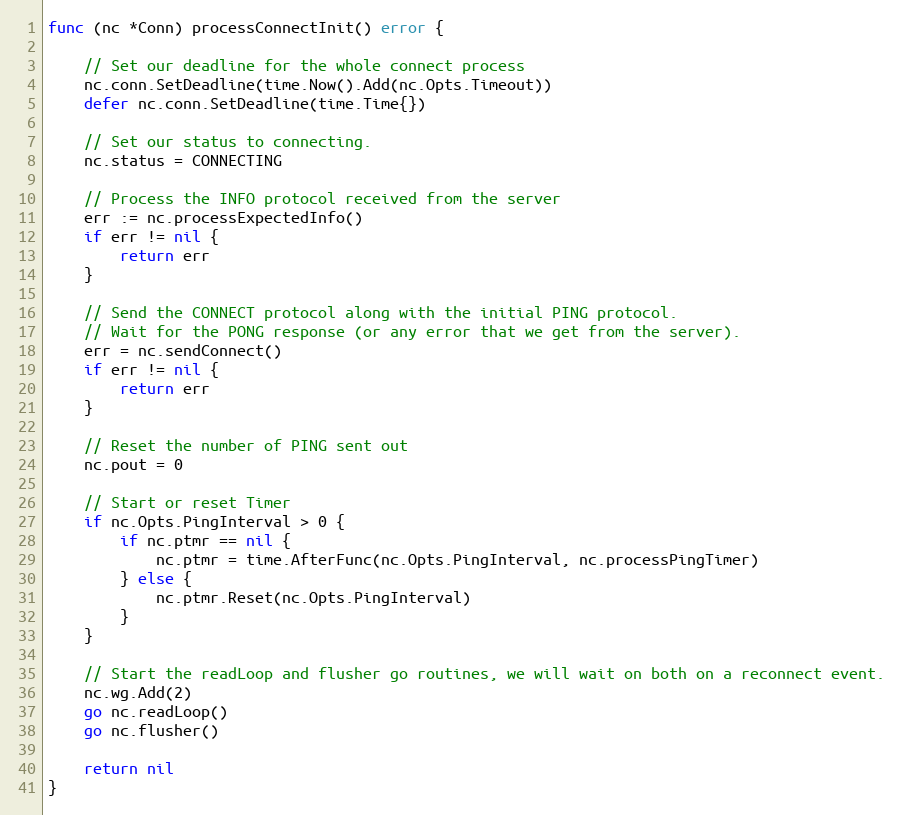
Language: Go
func (nc *Conn) processConnectInit() error {

	// Set our deadline for the whole connect process
	nc.conn.SetDeadline(time.Now().Add(nc.Opts.Timeout))
	defer nc.conn.SetDeadline(time.Time{})

	// Set our status to connecting.
	nc.status = CONNECTING

	// Process the INFO protocol received from the server
	err := nc.processExpectedInfo()
	if err != nil {
		return err
	}

	// Send the CONNECT protocol along with the initial PING protocol.
	// Wait for the PONG response (or any error that we get from the server).
	err = nc.sendConnect()
	if err != nil {
		return err
	}

	// Reset the number of PING sent out
	nc.pout = 0

	// Start or reset Timer
	if nc.Opts.PingInterval > 0 {
		if nc.ptmr == nil {
			nc.ptmr = time.AfterFunc(nc.Opts.PingInterval, nc.processPingTimer)
		} else {
			nc.ptmr.Reset(nc.Opts.PingInterval)
		}
	}

	// Start the readLoop and flusher go routines, we will wait on both on a reconnect event.
	nc.wg.Add(2)
	go nc.readLoop()
	go nc.flusher()

	return nil
}